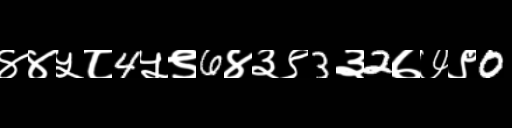
Text: ४४५८4५९6४३९3३2७७९0